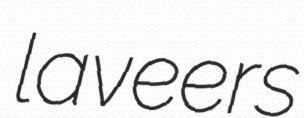
laveers